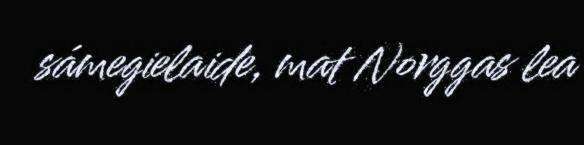
sámegielaide, mat Norggas lea